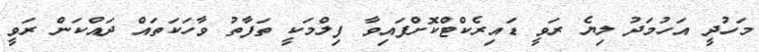
މަހުދީ އަހުމަދު ލިޔެ ރަވީ ޑައިރެކްޓްކޮށްފައިވާ ފިލްމަކީ ތަފާތު ވާހަކަތައް ދައްކަން ރަވީ